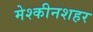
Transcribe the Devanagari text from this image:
मेश्कीनशहर